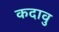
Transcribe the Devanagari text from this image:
कदावु